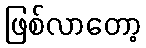
ဖြစ်လာတော့